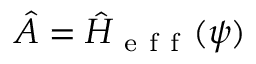
\hat { A } = \hat { H } _ { \mathrm { ~ e ~ f ~ f ~ } } ( \psi )